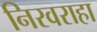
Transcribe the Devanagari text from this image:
निरवराहा